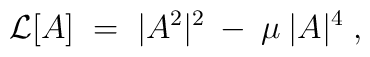
{\cal{L}}[A] \;=\; |A^2|^2 \:-\: \mu \:|A|^4 \;,